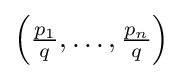
{\textstyle \left({\frac {p_{1}}{q}},\ldots ,{\frac {p_{n}}{q}}\right)}